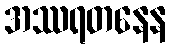
အဿရတနေန